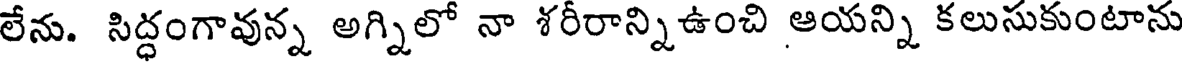
లేను. సిద్ధంగావున్న అగ్నిలో నా శరీరాన్నిఉంచి ఆయన్ని కలుసుకుంటాను